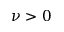
\nu > 0